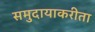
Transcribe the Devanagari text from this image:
समुदायाकरीता